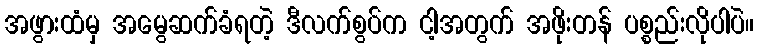
အဖွားထံမှ အမွေဆက်ခံရတဲ့ ဒီလက်စွပ်က ငါ့အတွက် အဖိုးတန် ပစ္စည်းလိုပါပဲ။